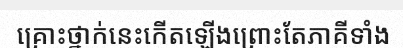
គ្រោះថ្នាក់នេះកើតឡើងព្រោះតែភាគីទាំង